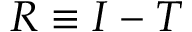
R \equiv I - T